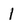
Character: l